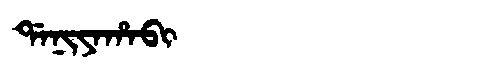
Manchu: ᡩᠠᠨᡳᠶᠠᡥᠠᠪᡳ
Romanization: DANIYAHABI